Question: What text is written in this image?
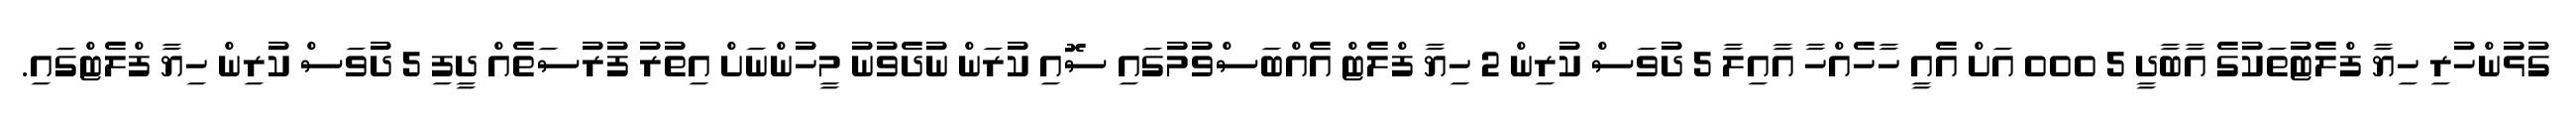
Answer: ގުޅުންހުރި ހިޔާ ފްލެޓުތަކުގެ އާބާދީ 5 000 އަށް އެއީ ހާހެއްހާ އާއިލާ 5 ދުވަސް ކުރިން 2 ހިޔާ ފްލެޓް އެއްބަސްވުމުގައި ސޮއި ކުރަން ނުދެވުނު މީހުންނަށް އިތުރު ފުރުސަތެއް ދީފި 5 ދުވަސް ކުރިން ހިޔާ ފްލެޓްގައި.